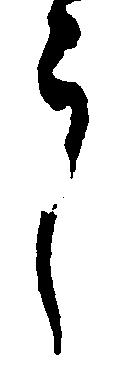
郎